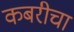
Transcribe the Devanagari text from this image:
कबरीचा